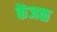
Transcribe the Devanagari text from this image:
केंजळ